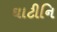
ઘાટીનિ